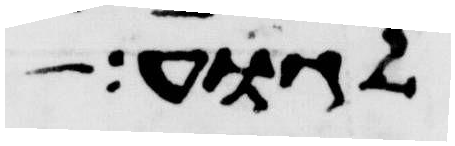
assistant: לגוע